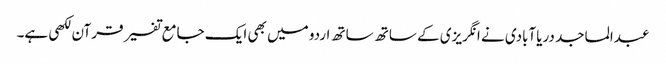
عبدالماجد دریاآبادی نے انگریزی کے ساتھ ساتھ اردو میں بھی ایک جامع تفسیر قرآن لکھی ہے۔